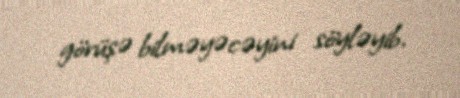
görüşə bilməyəcəyini söyləyib.